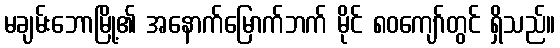
မချမ်းဘောမြို့၏ အနောက်မြောက်ဘက် မိုင် ၈၀ကျော်တွင် ရှိသည်။